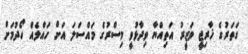
ގަތަރުގެ ޚާރިޖީ ވަޒީރު އަތިއްޔާ ވިދާޅުވީ މިސްރުގެ މައްސަލަ އަށް ހައްލެއް ހޯދުމަށް